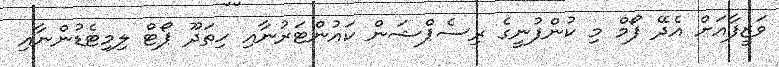
ވަޒީފާއަށް އެދޭ ފޯމް މި ކުންފުނީގެ ރިސެޕްޝަން ކައުންޓަރުނާއި ހިތަދޫ ޕޯޓް ލިމިޓެޑުންނާއި